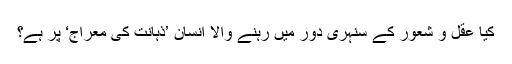
کیا عقل و شعور کے سنہری دور میں رہنے والا انسان ’ذہانت کی معراج‘ پر ہے؟